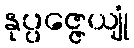
နုပ္ပဇ္ဇေယျုံ